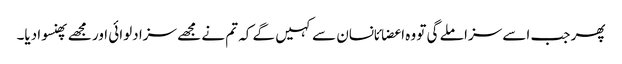
پھر جب اسے سزا ملے گی تو وہ اعضائانسان سے کہیں گے کہ تم نے مجھے سزا دلوائی اور مجھے پھنسوا دیا۔